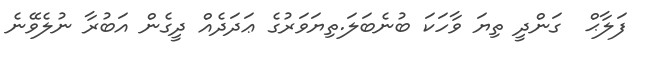
ފަލާޙް  ގަންދީ ތިޔަ ވާހަކަ ބުނެބަލަ.ތިޔަވަރުގެ ޢަދަދެއް ދީގެން އަބުރާ ނުލެވޭނެ